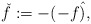
\begin{align*}\check{f}:=-(-f\hat{)}, \end{align*}